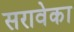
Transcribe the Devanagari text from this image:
सरावेका